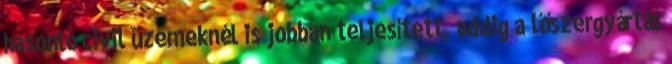
hasonló civil üzemeknél is jobban teljesített, addig a lőszergyártás